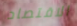
الاقتصاد